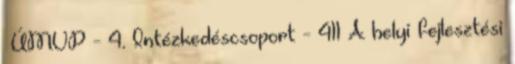
▪ÚMVP - 4. Intézkedéscsoport - 411 A helyi fejlesztési